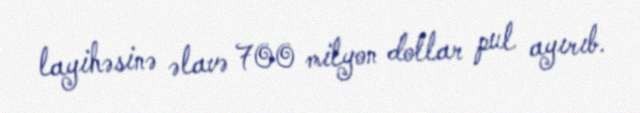
layihəsinə əlavə 700 milyon dollar pul ayırıb.